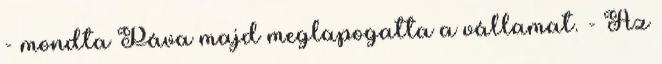
- mondta Páva majd meglapogatta a vállamat. - Az